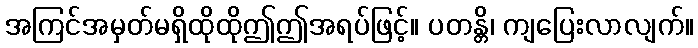
အကြင်အမှတ်မရှိထိုထိုဤဤအရပ်ဖြင့်။ ပတန္တိ၊ ကျပြေးလာလျက်။